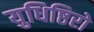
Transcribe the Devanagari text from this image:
युधिष्ठिरो